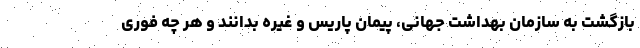
بازگشت به سازمان بهداشت جهانی، پیمان پاریس و غیره بدانند و هر چه فوری